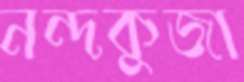
নন্দকুজা